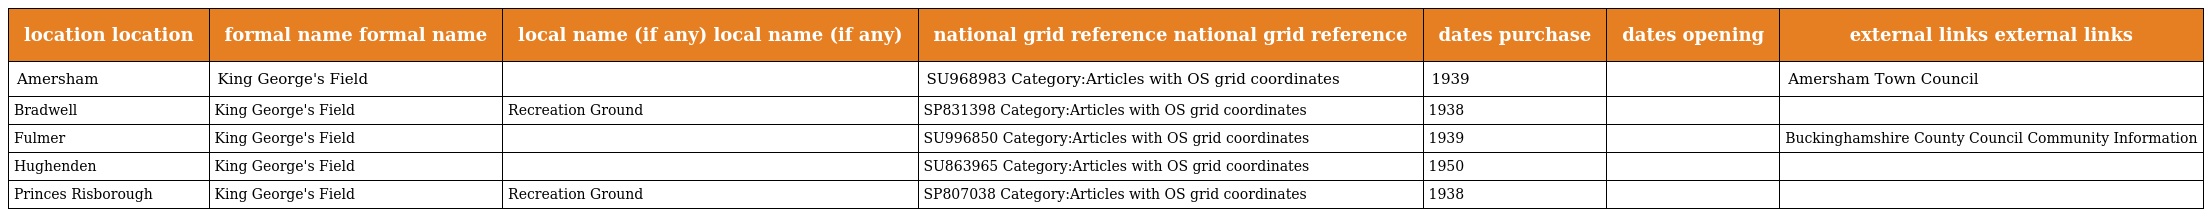
| location location | formal name formal name | local name (if any) local name (if any) | national grid reference national grid reference | dates purchase | dates opening | external links external links |
 | --- | --- | --- | --- | --- | --- | --- |
 | Amersham | King George's Field |  | SU968983 Category:Articles with OS grid coordinates | 1939 |  | Amersham Town Council |
 | Bradwell | King George's Field | Recreation Ground | SP831398 Category:Articles with OS grid coordinates | 1938 |  |  |
 | Fulmer | King George's Field |  | SU996850 Category:Articles with OS grid coordinates | 1939 |  | Buckinghamshire County Council Community Information |
 | Hughenden | King George's Field |  | SU863965 Category:Articles with OS grid coordinates | 1950 |  |  |
 | Princes Risborough | King George's Field | Recreation Ground | SP807038 Category:Articles with OS grid coordinates | 1938 |  |  |